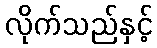
လိုက်သည်နှင့်